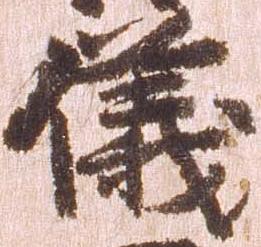
儀